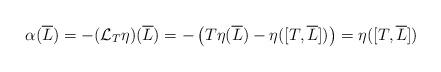
LaTeX: \begin{align*}\alpha(\overline{L}) =-(\mathcal{L}_T\eta)(\overline{L}) = -\left(T\eta(\overline{L})-\eta([T,\overline{L}])\right)= \eta([T,\overline{L}])\;\end{align*}